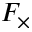
F _ { \times }